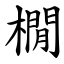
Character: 橌